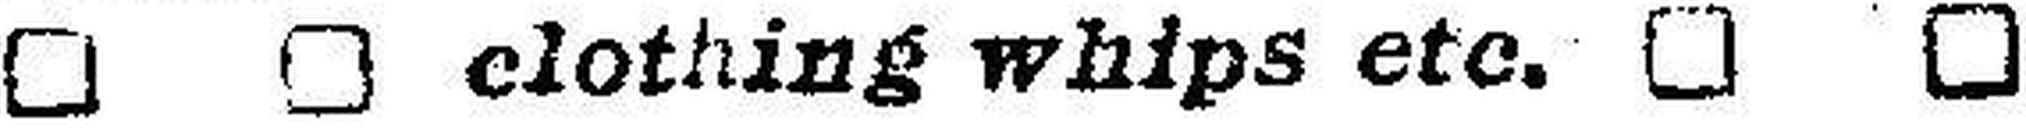
□ □ clothing whips etc. □ □